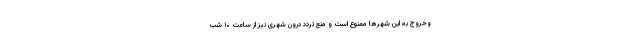
وخروج به این شهرها ممنوع است و منع تردد درون شهری نیز از ساعت ۱۰ شب